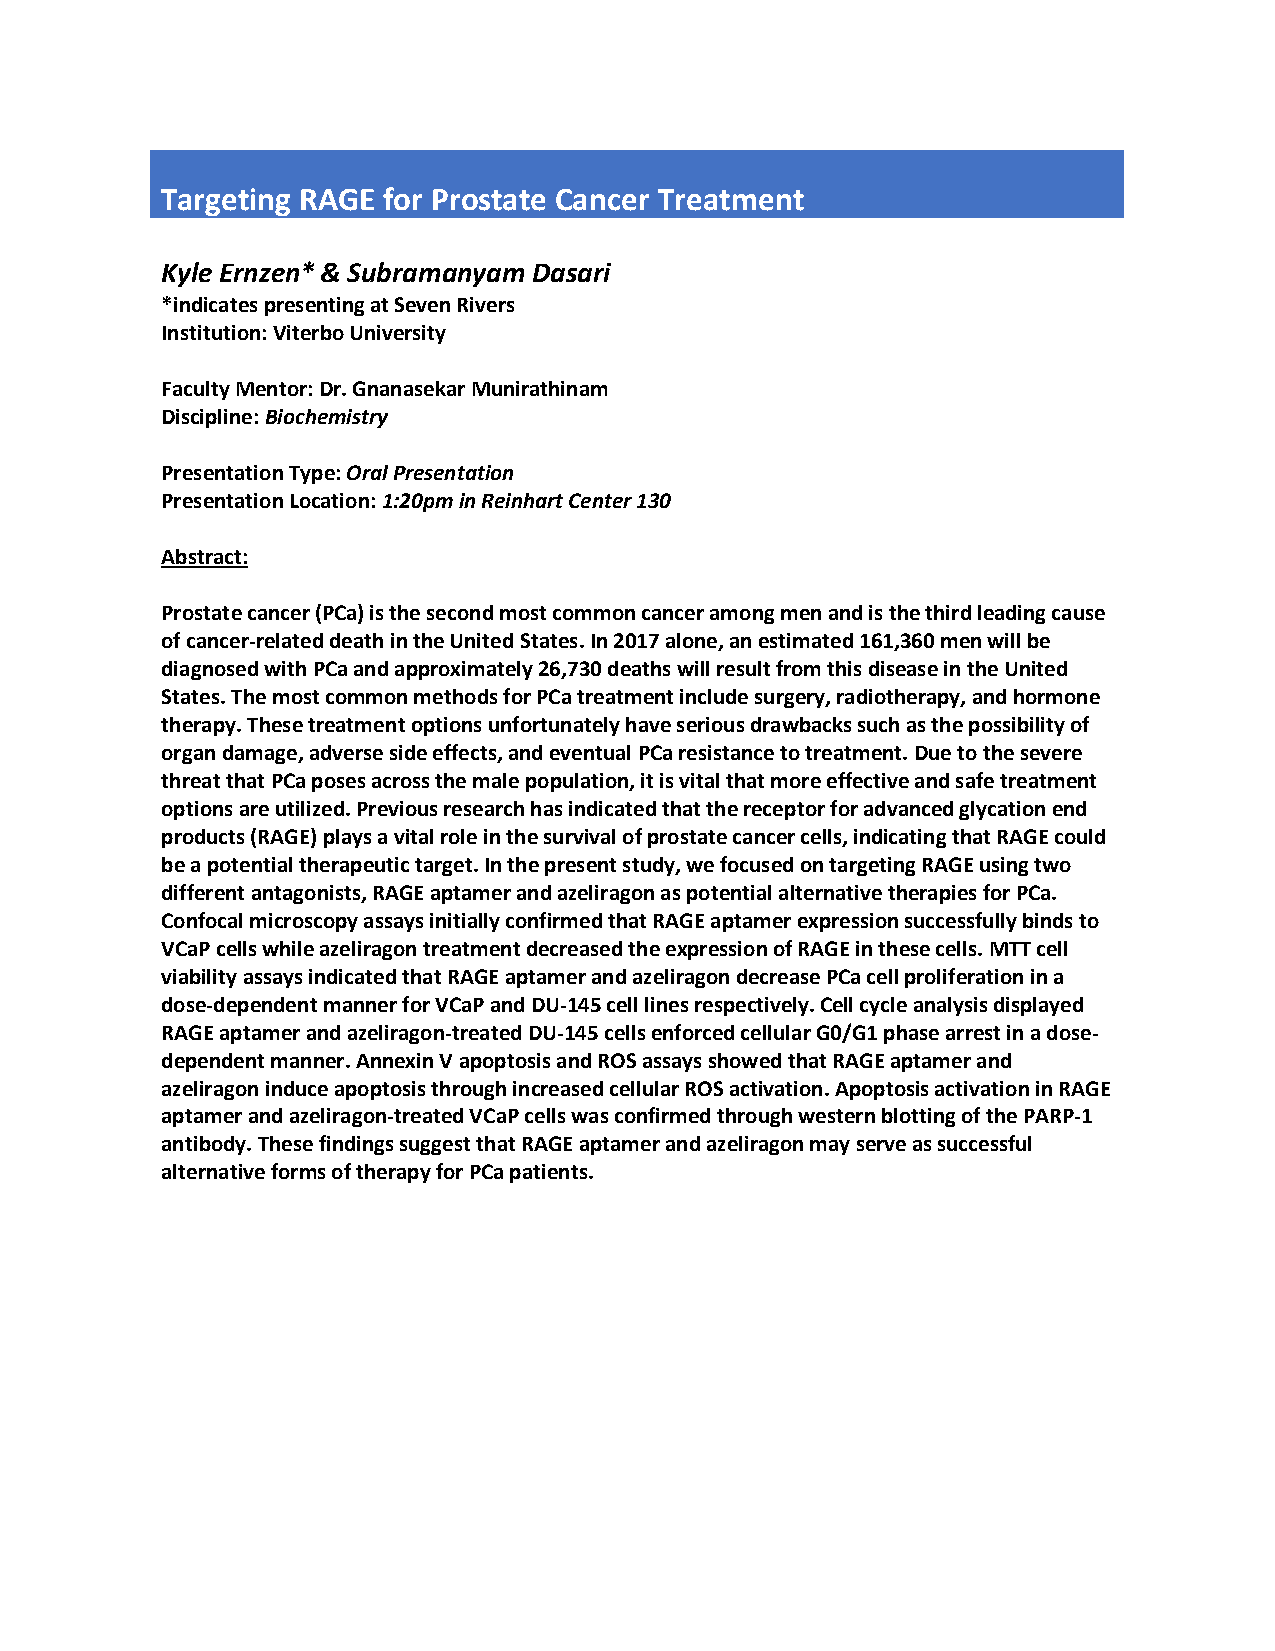
Targeting RAGE for Prostate Cancer Treatment
 Kyle Ernzen* & Subramanyam Dasari
 *indicates presenting at Seven Rivers
 Institution: Viterbo University
 Faculty Mentor: Dr. Gnanasekar Munirathinam
 Discipline: Biochemistry
 Presentation Type: Oral Presentation
 Presentation Location: 1:20pm in Reinhart Center 130
 Abstract:
 Prostate cancer (PCa) is the second most common cancer among men and is the third leading cause
 of cancer-related death in the United States. In 2017 alone, an estimated 161,360 men will be
 diagnosed with PCa and approximately 26,730 deaths will result from this disease in the United
 States. The most common methods for PCa treatment include surgery, radiotherapy, and hormone
 therapy. These treatment options unfortunately have serious drawbacks such as the possibility of
 organ damage, adverse side effects, and eventual PCa resistance to treatment. Due to the severe
 threat that PCa poses across the male population, it is vital that more effective and safe treatment
 options are utilized. Previous research has indicated that the receptor for advanced glycation end
 products (RAGE) plays a vital role in the survival of prostate cancer cells, indicating that RAGE could
 be a potential therapeutic target. In the present study, we focused on targeting RAGE using two
 different antagonists, RAGE aptamer and azeliragon as potential alternative therapies for PCa.
 Confocal microscopy assays initially confirmed that RAGE aptamer expression successfully binds to
 VCaP cells while azeliragon treatment decreased the expression of RAGE in these cells. MTT cell
 viability assays indicated that RAGE aptamer and azeliragon decrease PCa cell proliferation in a
 dose-dependent manner for VCaP and DU-145 cell lines respectively. Cell cycle analysis displayed
 RAGE aptamer and azeliragon-treated DU-145 cells enforced cellular G0/G1 phase arrest in a dose-
 dependent manner. Annexin V apoptosis and ROS assays showed that RAGE aptamer and
 azeliragon induce apoptosis through increased cellular ROS activation. Apoptosis activation in RAGE
 aptamer and azeliragon-treated VCaP cells was confirmed through western blotting of the PARP-1
 antibody. These findings suggest that RAGE aptamer and azeliragon may serve as successful
 alternative forms of therapy for PCa patients.